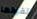
تقولها